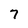
Character: 7